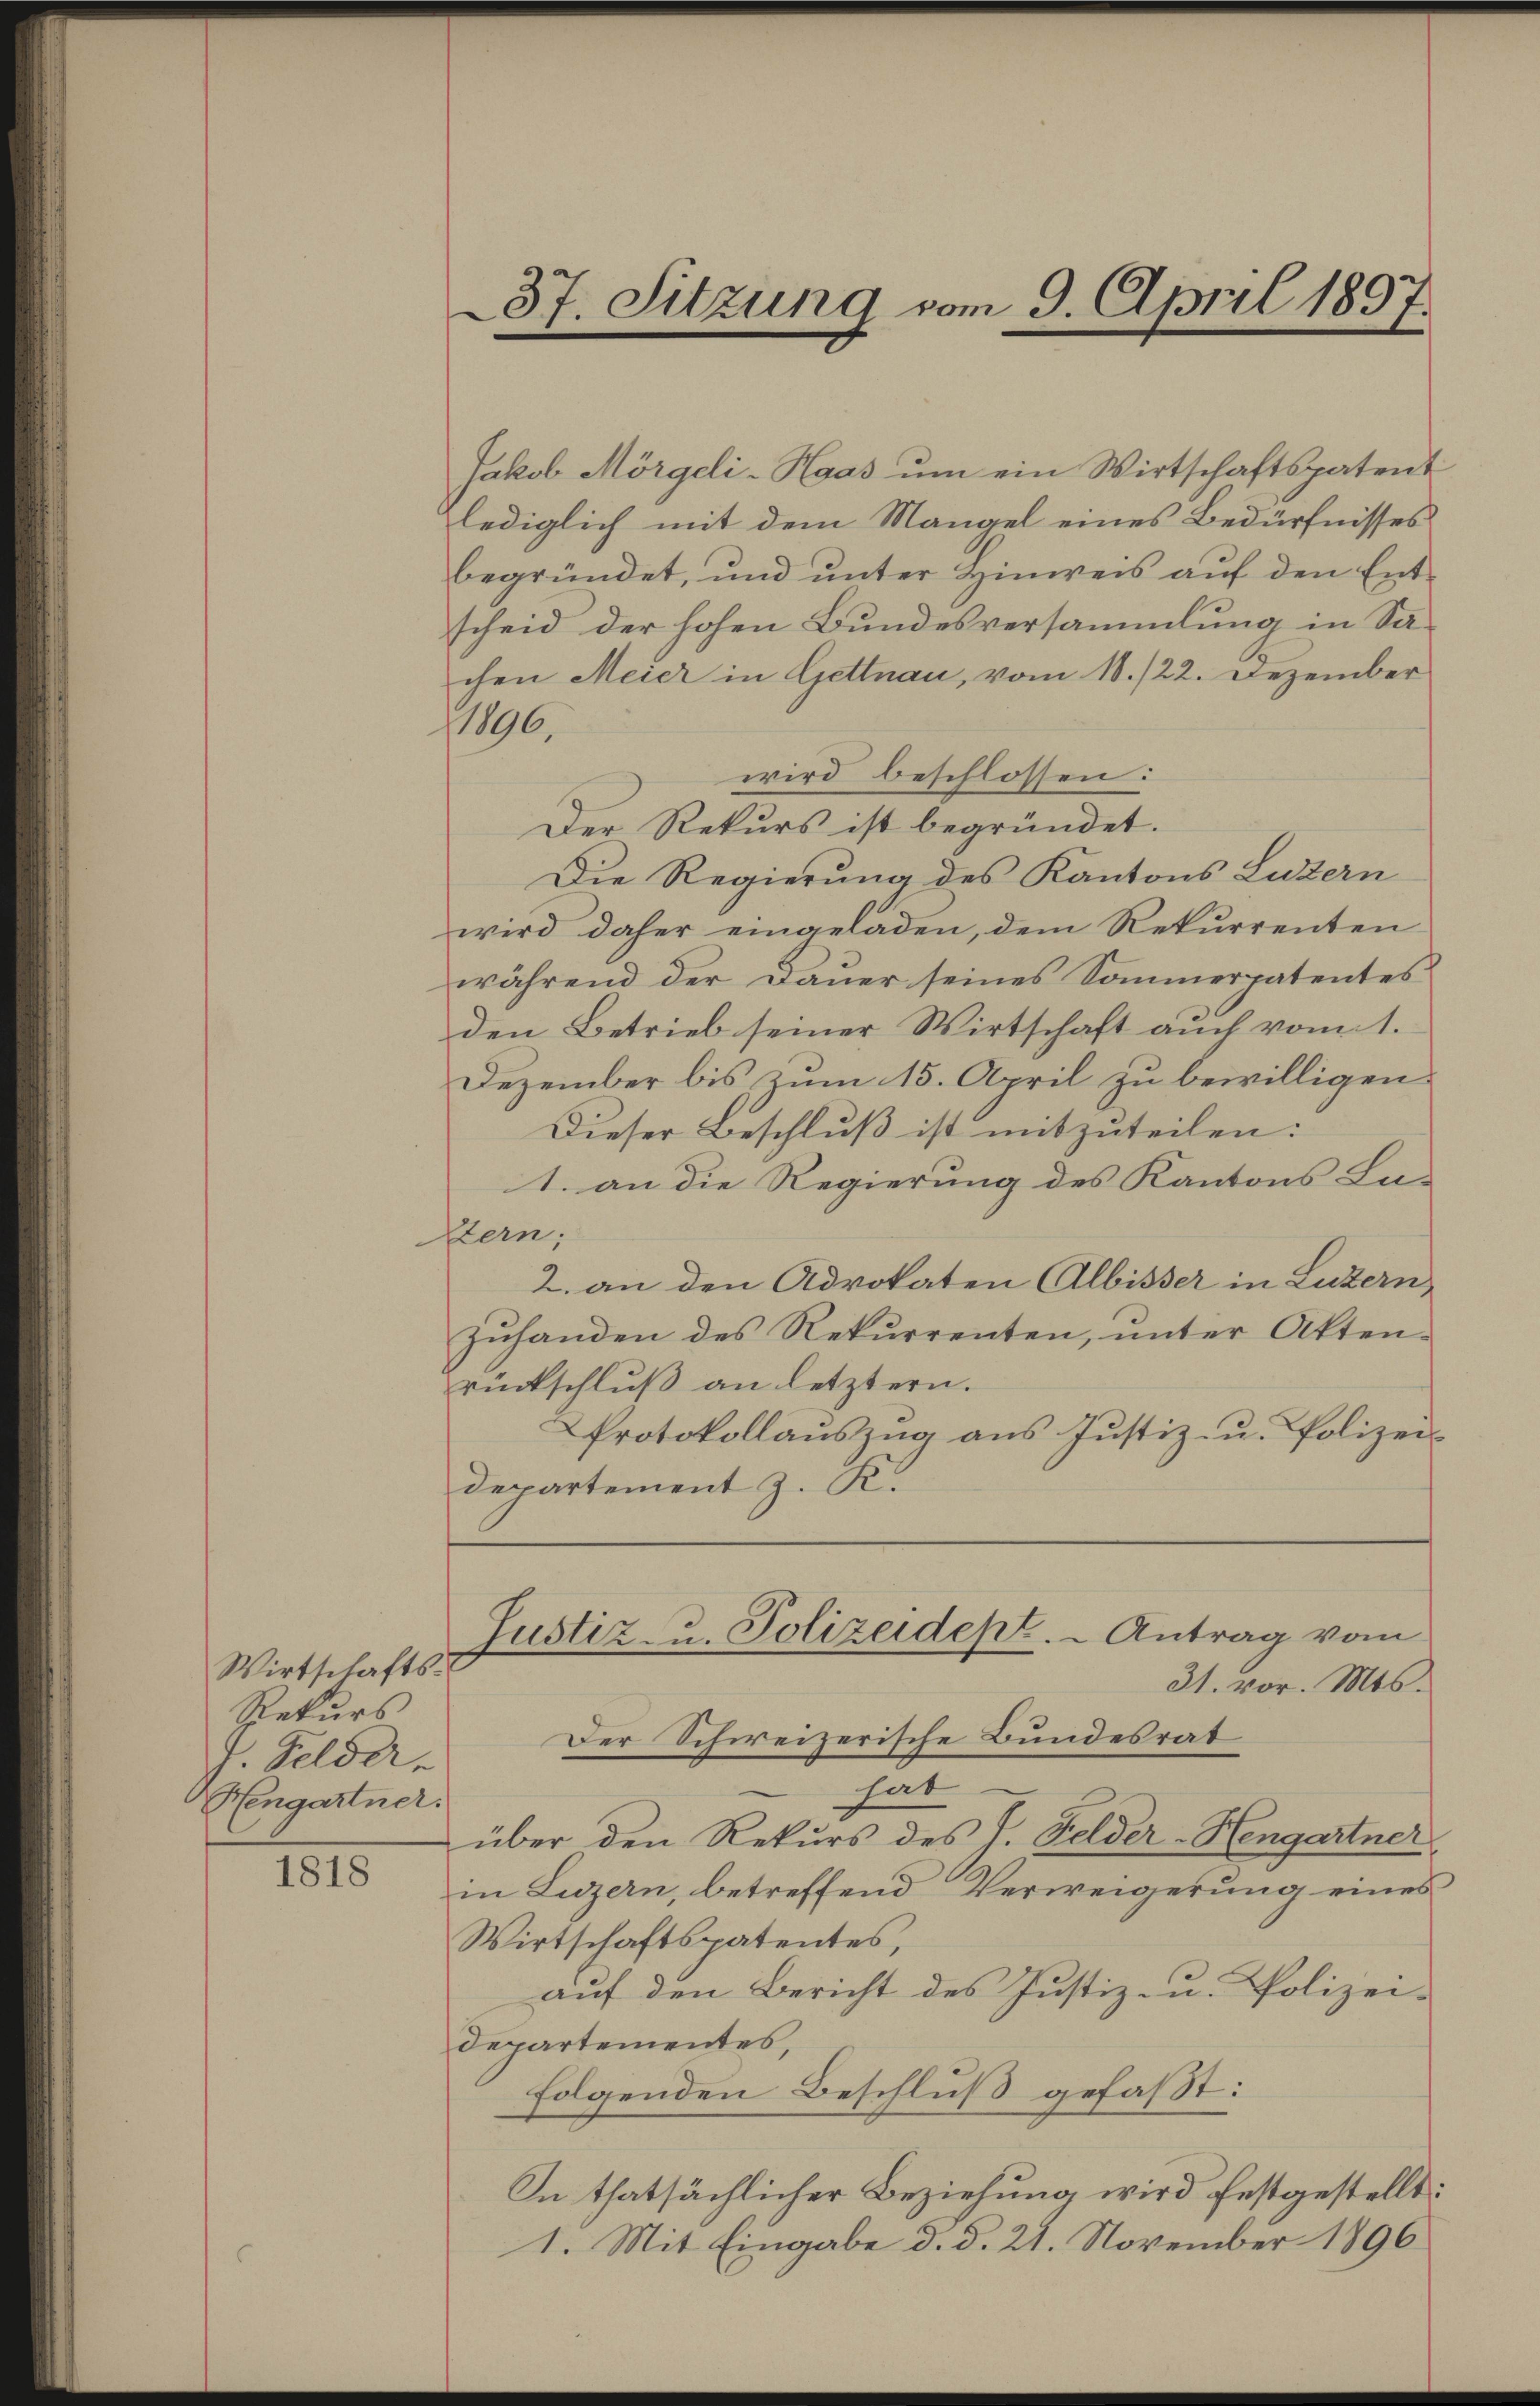
Wirtschafts-
Rekurs
J. Felder.
Hengartner.

1818

Jakob Morgeli-Haas um ein Wirtschaftspatent
lediglich mit dem Mangel eines Bedürfnisses
begründet, und ŭnter Hinweis aŭf den Ent-
scheid der hohen Bundesversammlung in Sachen Meier in Gettnau, vom 18./22. Dezember
1896.
wird beschlossen:
Der Rekurs ist begründet.
Die Regierung des Kantons Luzern
wird daher eingeladen, dem Rekurrenten
während der Dauer seines Sommerpatentes
den Betrieb seiner Wirtschaft auch vom 1.
Dezember bis zum 15. April zu bewilligen.
Dieser Beschluß ist mitzuteilen:
1. an die Regierung des Kantons Lu-
Stern,
2. an den Advokaten Albisser in Luzern,
Inhanden des Rekurrenten, ŭnter Akten-
rückschluß an letztern.
Protokollauszug aus Justiz- u. Polizei¬
Departement z. K.

37. Sitzung vom 9. April 1897.

hat
über den Rekurs des J. Felder-Hengartner
in Luzern, betreffend Verweigerung eines
Wirtschaftspatentes,
auf den Bericht des Justiz- u. Polizei¬
Departementes,
folgenden Beschluß gefaßt:
In thatsächlicher Beziehung wird festgestellt:
1. Mit Eingabe d. d. 21. November 1896

Justiz- u. Polizeidept. - Antrag vom
31. vor. Mts.
Der Schweizerische Bundesrat